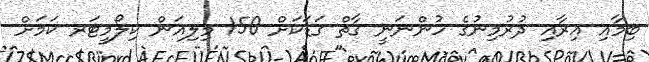
ބިމާއި އިރާއި ދުރުމިނުގެ ހުންނަނީ ގާތް ގަޑަކަށް 150 މިލިއަން ކިލޯމީޓަރ ކަމަށް